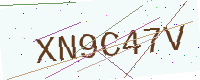
Text: XN9C47V